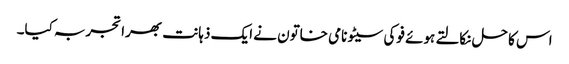
اس کا حل نکالتے ہوئے فوکی سیٹو نامی خاتون نے ایک ذہانت بھرا تجربہ کیا۔